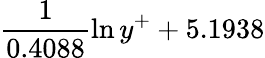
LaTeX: \frac{1}{0.4088}\ln{y^{+}}+5.1938